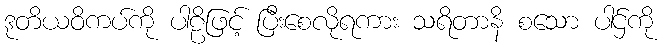
ဒုတိယဝိကပ်ကို ပါဠိဖြင့် ပြီးစေလိုရကား သရိတာနိ စသော ပါဌ်ကို